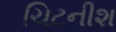
ચિટનીશ